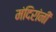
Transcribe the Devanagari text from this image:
मंदिरांनी